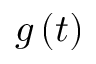
g \left( t \right)